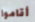
أقاموا